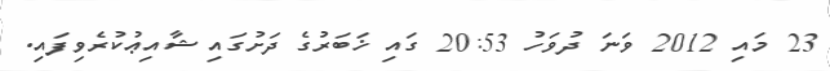
23 މައި 2012 ވަނަ ދުވަހު 20:53 ގައި ޚަބަރުގެ ދަށުގައި ޝާއިޢުކުރެވިފައި.